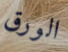
الورق